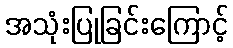
အသုံးပြုခြင်းကြောင့်